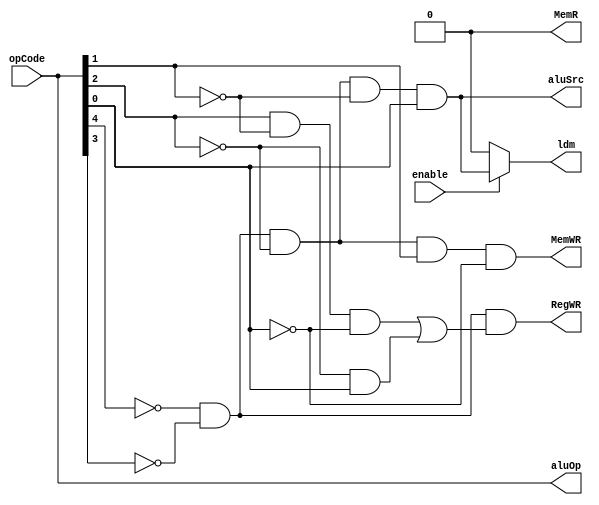
module controlUnit (
    input enable,
    input[4:0] opCode,
    output[4:0] aluOp,
    output RegWR, MemR, MemWR, aluSrc, ldm
  );
  //wire memRAluSrc;

  assign aluSrc = ~opCode[4] & ~opCode[3] & ~opCode[2] & ~opCode[1] & opCode[0];
  assign MemR = 1'b0;
  assign ldm = (enable == 1'b1) ? aluSrc : 1'b0;
  assign aluOp = opCode;
  assign MemWR = ~opCode[4] & ~opCode[3] & ~opCode[2] & opCode[1] & ~opCode[0];
  assign RegWR = ~opCode[4] & ~opCode[3] & (opCode[2] & ~opCode[1] & ~opCode[0] | ~opCode[2] & opCode[0]);
endmodule